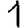
Digit: 1